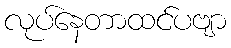
လုပ်နေတာထင်ပဗျာ